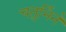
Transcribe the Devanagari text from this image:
चतुर्भिर्न